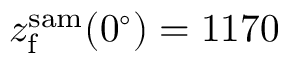
z _ { \mathrm { f } } ^ { \mathrm { s a m } } ( 0 ^ { \circ } ) = 1 1 7 0